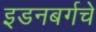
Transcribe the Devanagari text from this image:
इडनबर्गचे